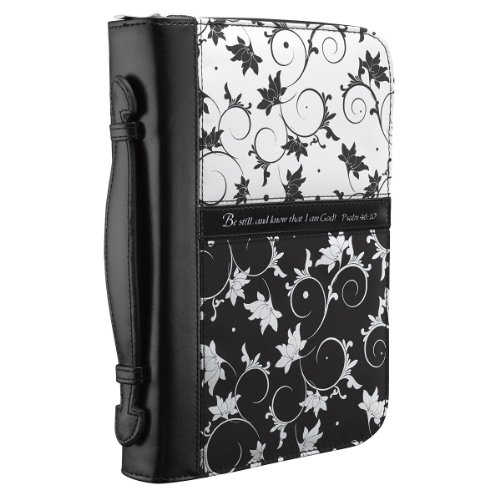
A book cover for Micro-Fiber Black & White Print Bible / Book Cover - Psalm 46:10 (Medium); Christian Art Gifts; Christian Books & Bibles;